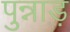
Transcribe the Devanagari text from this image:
पुन्नाड़